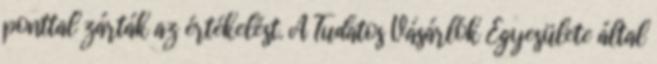
ponttal zárták az értékelést. A Tudatos Vásárlók Egyesülete által